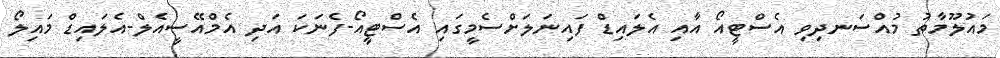
މައުލޫމާތު މުއްސަނދިވި އެސްޓީއޯ އާއި އެލައިޑް ފައިނަލަށްސެމީގައި އެސްޓީއޯ-ފެނަކަ އަދި އެމްއޭސީއެލް-އެލައިޑް މައިލޯ